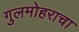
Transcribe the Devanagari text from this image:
गुलमोहराचा